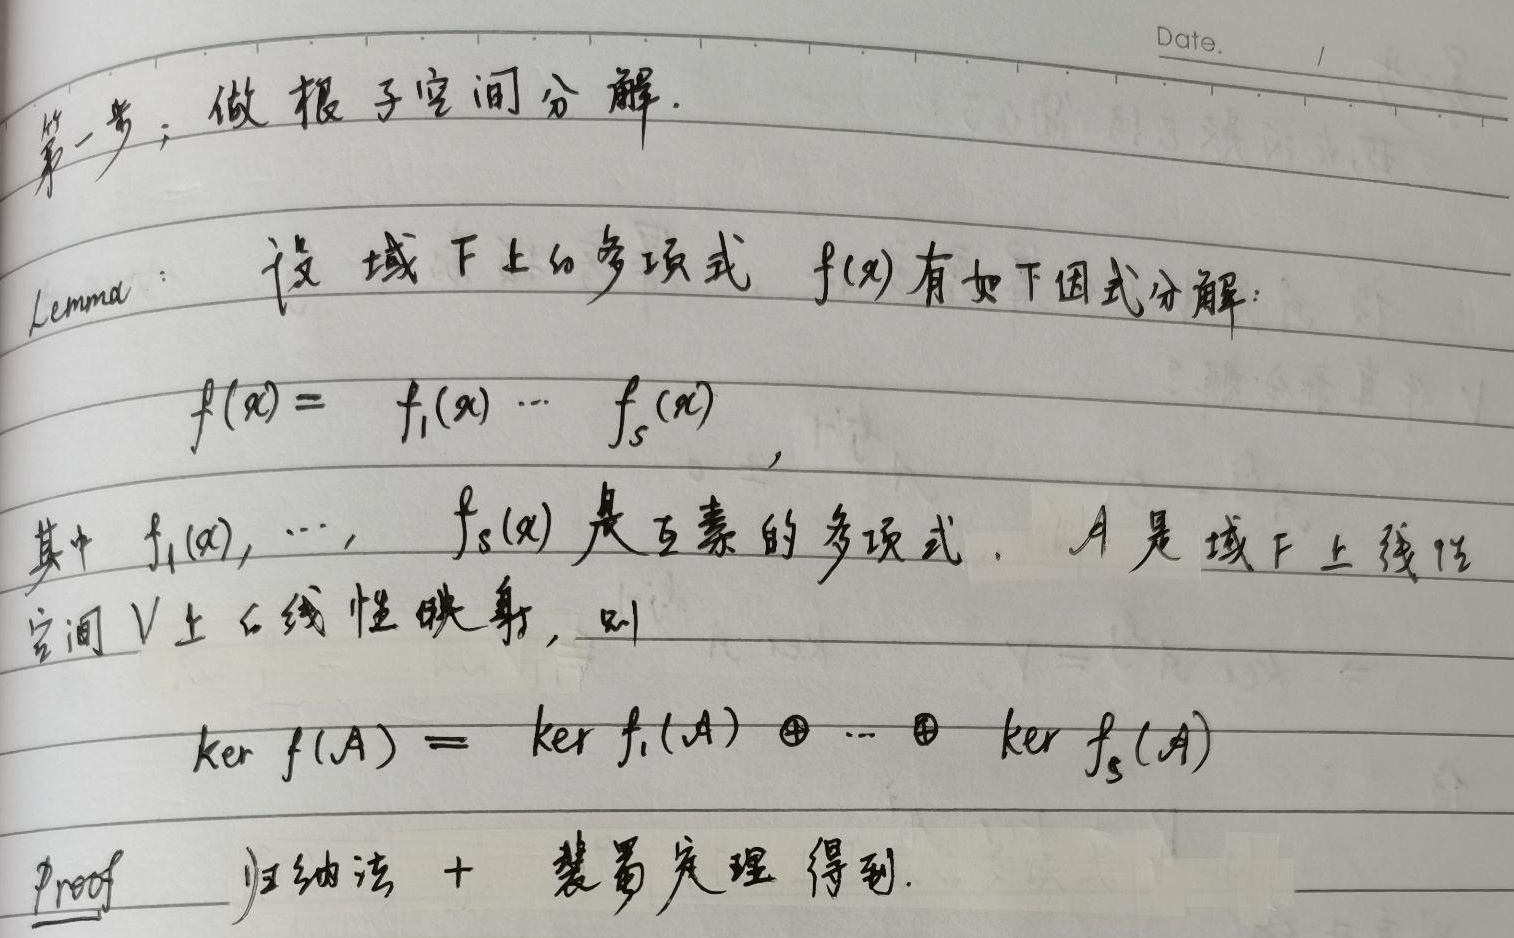
第一步：做根子空间分解。
Lemma：设域 $F$ 上的多项式 $f(x)$ 有如下因式分解：
\[f(x)=f_1(x)\cdots f_s(x)\]
其中 $f_1(x),\cdots,f_s(x)$ 是互素的多项式。$A$ 是域 $F$ 上线性空间 $V$ 上的线性映射，则
\[\ker f(A)=\ker f_1(A)\oplus\cdots\oplus\ker f_s(A)\]
Proof 归纳法 + 裴蜀定理得到。